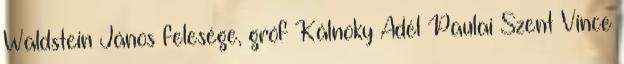
Waldstein János felesége, gróf Kálnoky Adél Paulai Szent Vince